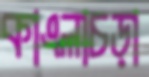
কাংলাচড়া